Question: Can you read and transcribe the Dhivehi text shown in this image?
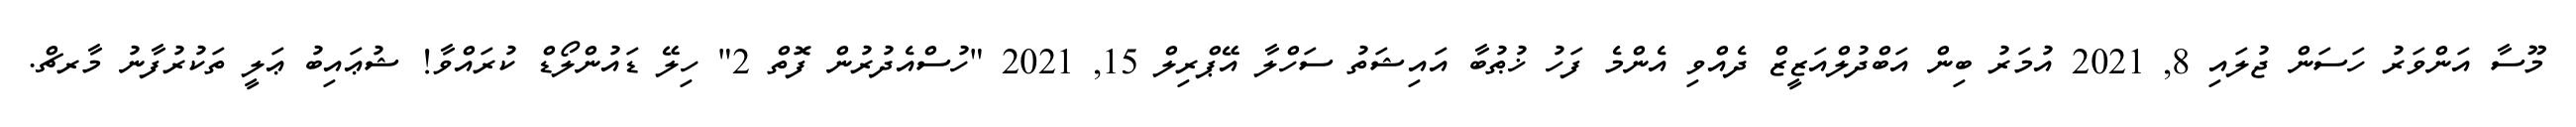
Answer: މޫސާ އަންވަރު ހަސަން ޖުލައި 8, 2021 އުމަރު ބިން އަބްދުލްއަޒީޒް ދެއްވި އެންމެ ފަހު ޚުޠުބާ އައިޝަތު ސަހްލާ އޭޕްރިލް 15, 2021 "ހުސްއެދުރުން ފޮތް 2" ހިލޭ ޑައުންލޯޑް ކުރައްވާ! ޝުޢައިބު ޢަލީ ތަކުރުފާނު މާރޗް.